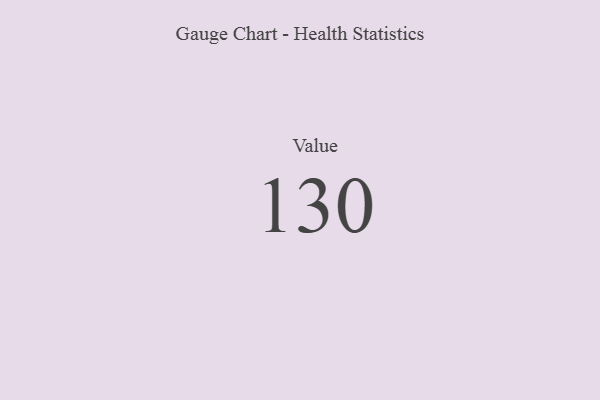
{"axis": {"x": "Metric", "y": "Value"}, "legend": [""], "data": [{"x": "Value", "y": 130, "type": ""}]}